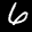
Label: 6